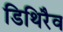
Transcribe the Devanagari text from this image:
डिथिरैव